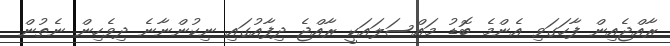
ރާއްޖެއިން ފާހަގަވި އެންމެ ބޮޑު މައްސަލައަކީ ރާއްޖެ ދިފާއުގައި ނިކުންނާނެ ދިވެހިން ނެތުން